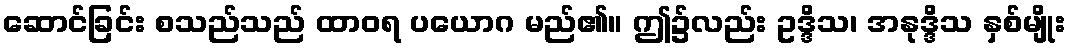
ဆောင်ခြင်း စသည်သည် ထာဝရ ပယောဂ မည်၏။ ဤ၌လည်း ဥဒ္ဒိသ၊ အနုဒ္ဒိသ နှစ်မျိုး